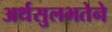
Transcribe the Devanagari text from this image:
अर्थसुलभतेने